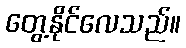
တွေ့နိုင်လေသည်။